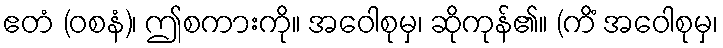
ဧတံ (ဝစနံ)၊ ဤစကားကို။ အဝေါစုမှ၊ ဆိုကုန်၏။ (ကိံ အဝေါစုမှ၊